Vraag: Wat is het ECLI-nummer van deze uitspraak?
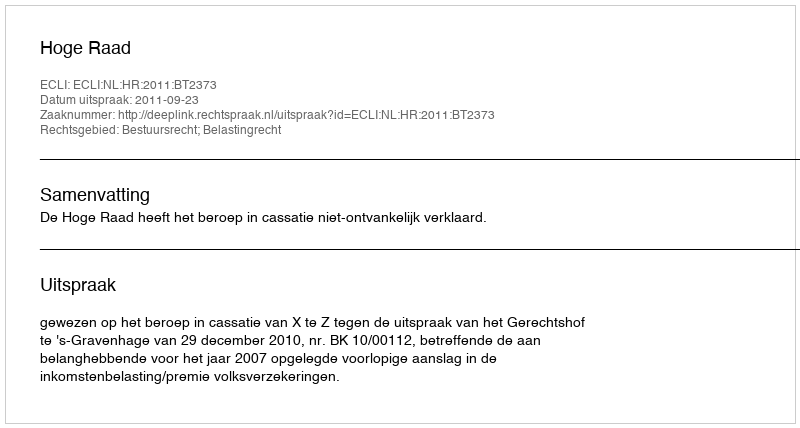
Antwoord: ECLI:NL:HR:2011:BT2373